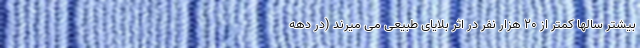
بیشتر سالها کمتر از ۲۰ هزار نفر در اثر بلایای طبیعی می میرند (در دهه